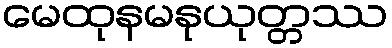
မေထုနမနုယုတ္တဿ